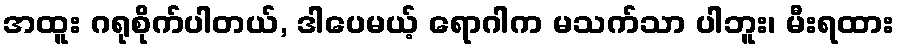
အထူး ဂရုစိုက်ပါတယ်, ဒါပေမယ့် ရောဂါက မသက်သာ ပါဘူး၊ မီးရထား